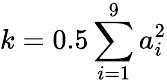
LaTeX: k=0.5\sum_{i=1}^{9}a_{i}^{2}